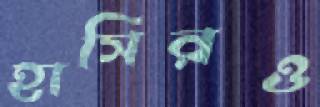
হাসিরও